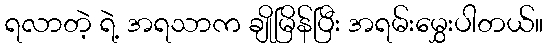
ရလာတဲ့ ရဲ့ အရသာက ချိုမြိန်ပြီး အရမ်းမွှေးပါတယ်။